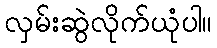
လှမ်းဆွဲလိုက်ယုံပါ။